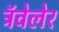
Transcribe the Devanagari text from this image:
ट्रॅवेलेर